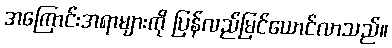
အကြောင်းအရာများကို ပြန်လည်မြင်ယောင်လာသည်။